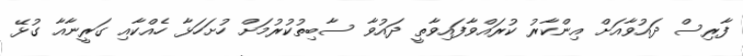
ފާރިސް ދައުވާއަށް އިންކާރު ކުރައްވާފައިވާތީ ދައުވާ ސާބިތުކުރުމަށް ހުށަހަޅާ ހެެއްކާއި ގަރީނާއާ ގުޅޭ